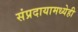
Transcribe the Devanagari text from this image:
संप्रदायामध्येही